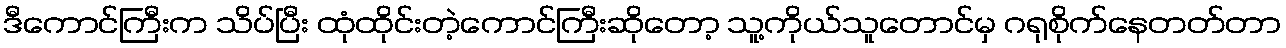
ဒီကောင်ကြီးက သိပ်ပြီး ထုံထိုင်းတဲ့ကောင်ကြီးဆိုတော့ သူ့ကိုယ်သူတောင်မှ ဂရုစိုက်နေတတ်တာ